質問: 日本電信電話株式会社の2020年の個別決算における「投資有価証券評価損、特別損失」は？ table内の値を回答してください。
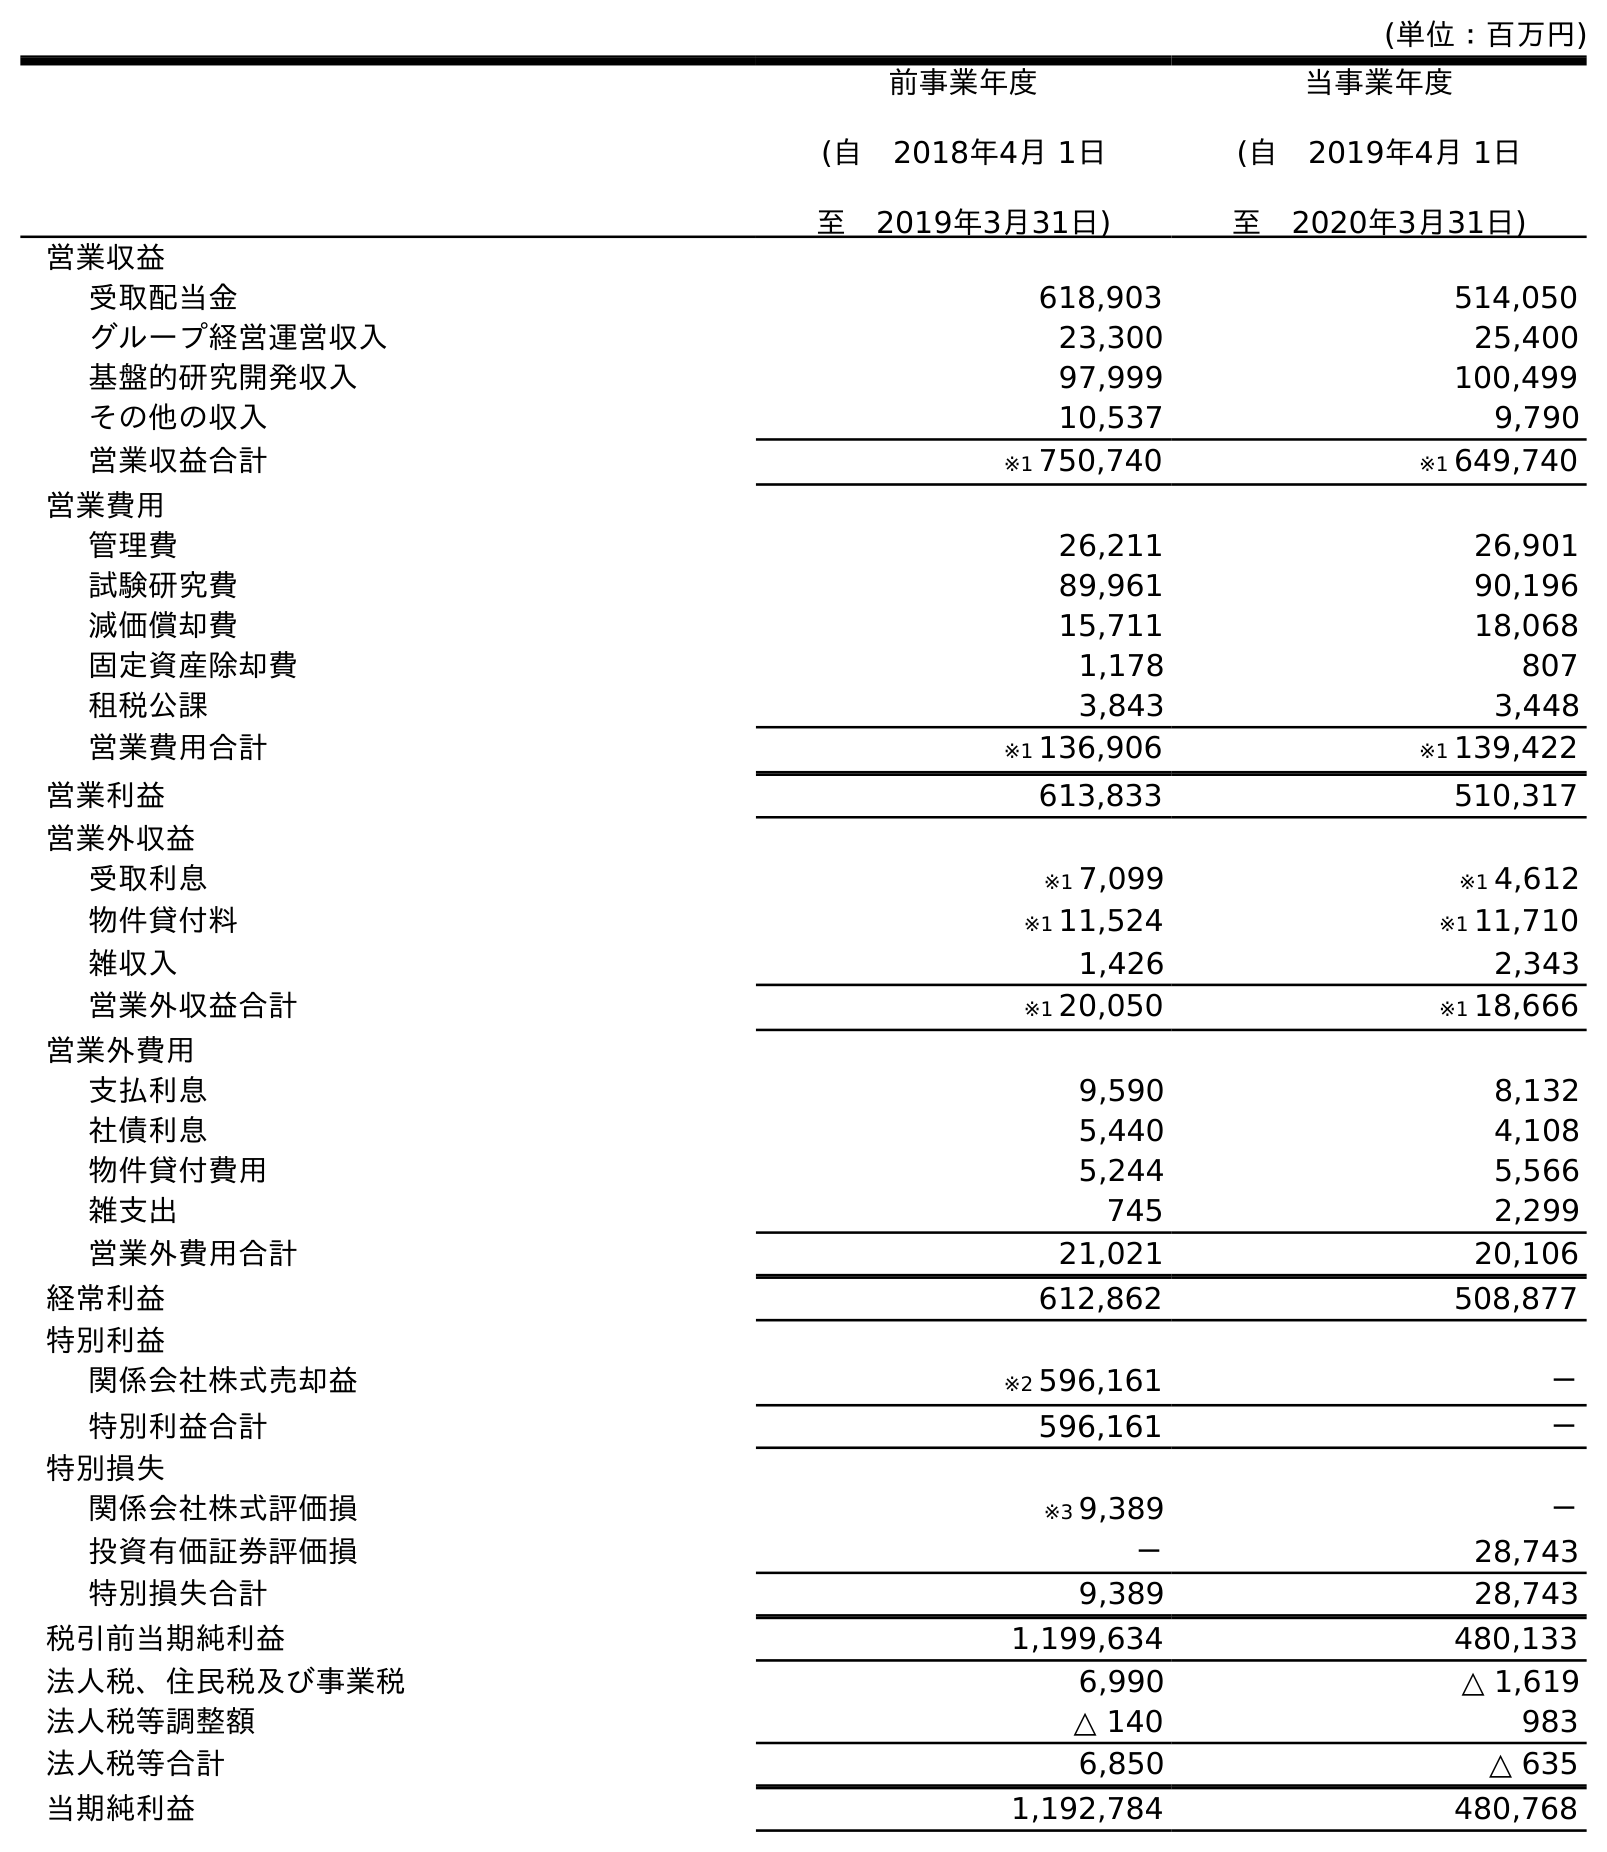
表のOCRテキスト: (単位：百万円) 前事業年度 (自 2018年4月 1日 至 2019年3月31日) 当事業年度 (自 2019年4月 1日 至 2020年3月31日) 営業収益 受取配当金 618,903 514,050 グループ経営運営収入 23,300 25,400 基盤的研究開発収入 97,999 100,499 その他の収入 10,537 9,790 営業収益合計 ※1 750,740 ※1 649,740 営業費用 管理費 26,211 26,901 試験研究費 89,961 90,196 減価償却費 15,711 18,068 固定資産除却費 1,178 807 租税公課 3,843 3,448 営業費用合計 ※1 136,906 ※1 139,422 営業利益 613,833 510,317 営業外収益 受取利息 ※1 7,099 ※1 4,612 物件貸付料 ※1 11,524 ※1 11,710 雑収入 1,426 2,343 営業外収益合計 ※1 20,050 ※1 18,666 営業外費用 支払利息 9,590 8,132 社債利息 5,440 4,108 物件貸付費用 5,244 5,566 雑支出 745 2,299 営業外費用合計 21,021 20,106 経常利益 612,862 508,877 特別利益 関係会社株式売却益 ※2 596,161 － 特別利益合計 596,161 － 特別損失 関係会社株式評価損 ※3 9,389 － 投資有価証券評価損 － 28,743 特別損失合計 9,389 28,743 税引前当期純利益 1,199,634 480,133 法人税、住民税及び事業税 6,990 △ 1,619 法人税等調整額 △ 140 983 法人税等合計 6,850 △ 635 当期純利益 1,192,784 480,768
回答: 28,743